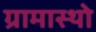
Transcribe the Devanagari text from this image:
ग्रामास्थो